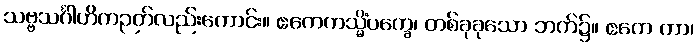
သဗ္ဗသင်္ဂါဟိကဉတ်လည်းကောင်း။ ဧကေကသ္မိံပက္ခေ၊ တစ်ခုခုသော ဘက်၌။ ဧကေ ကာ၊